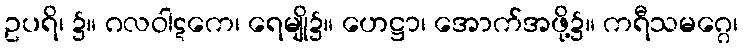
ဥပရိ၊ ၌။ ဂလဝါဋကေ၊ ရေမျို၌။ ဟေဋ္ဌာ၊ အောက်အဖို့၌။ ကရီသမဂ္ဂေ၊